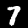
Label: 7